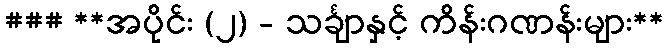
### **အပိုင်း (၂) - သင်္ချာနှင့် ကိန်းဂဏန်းများ**